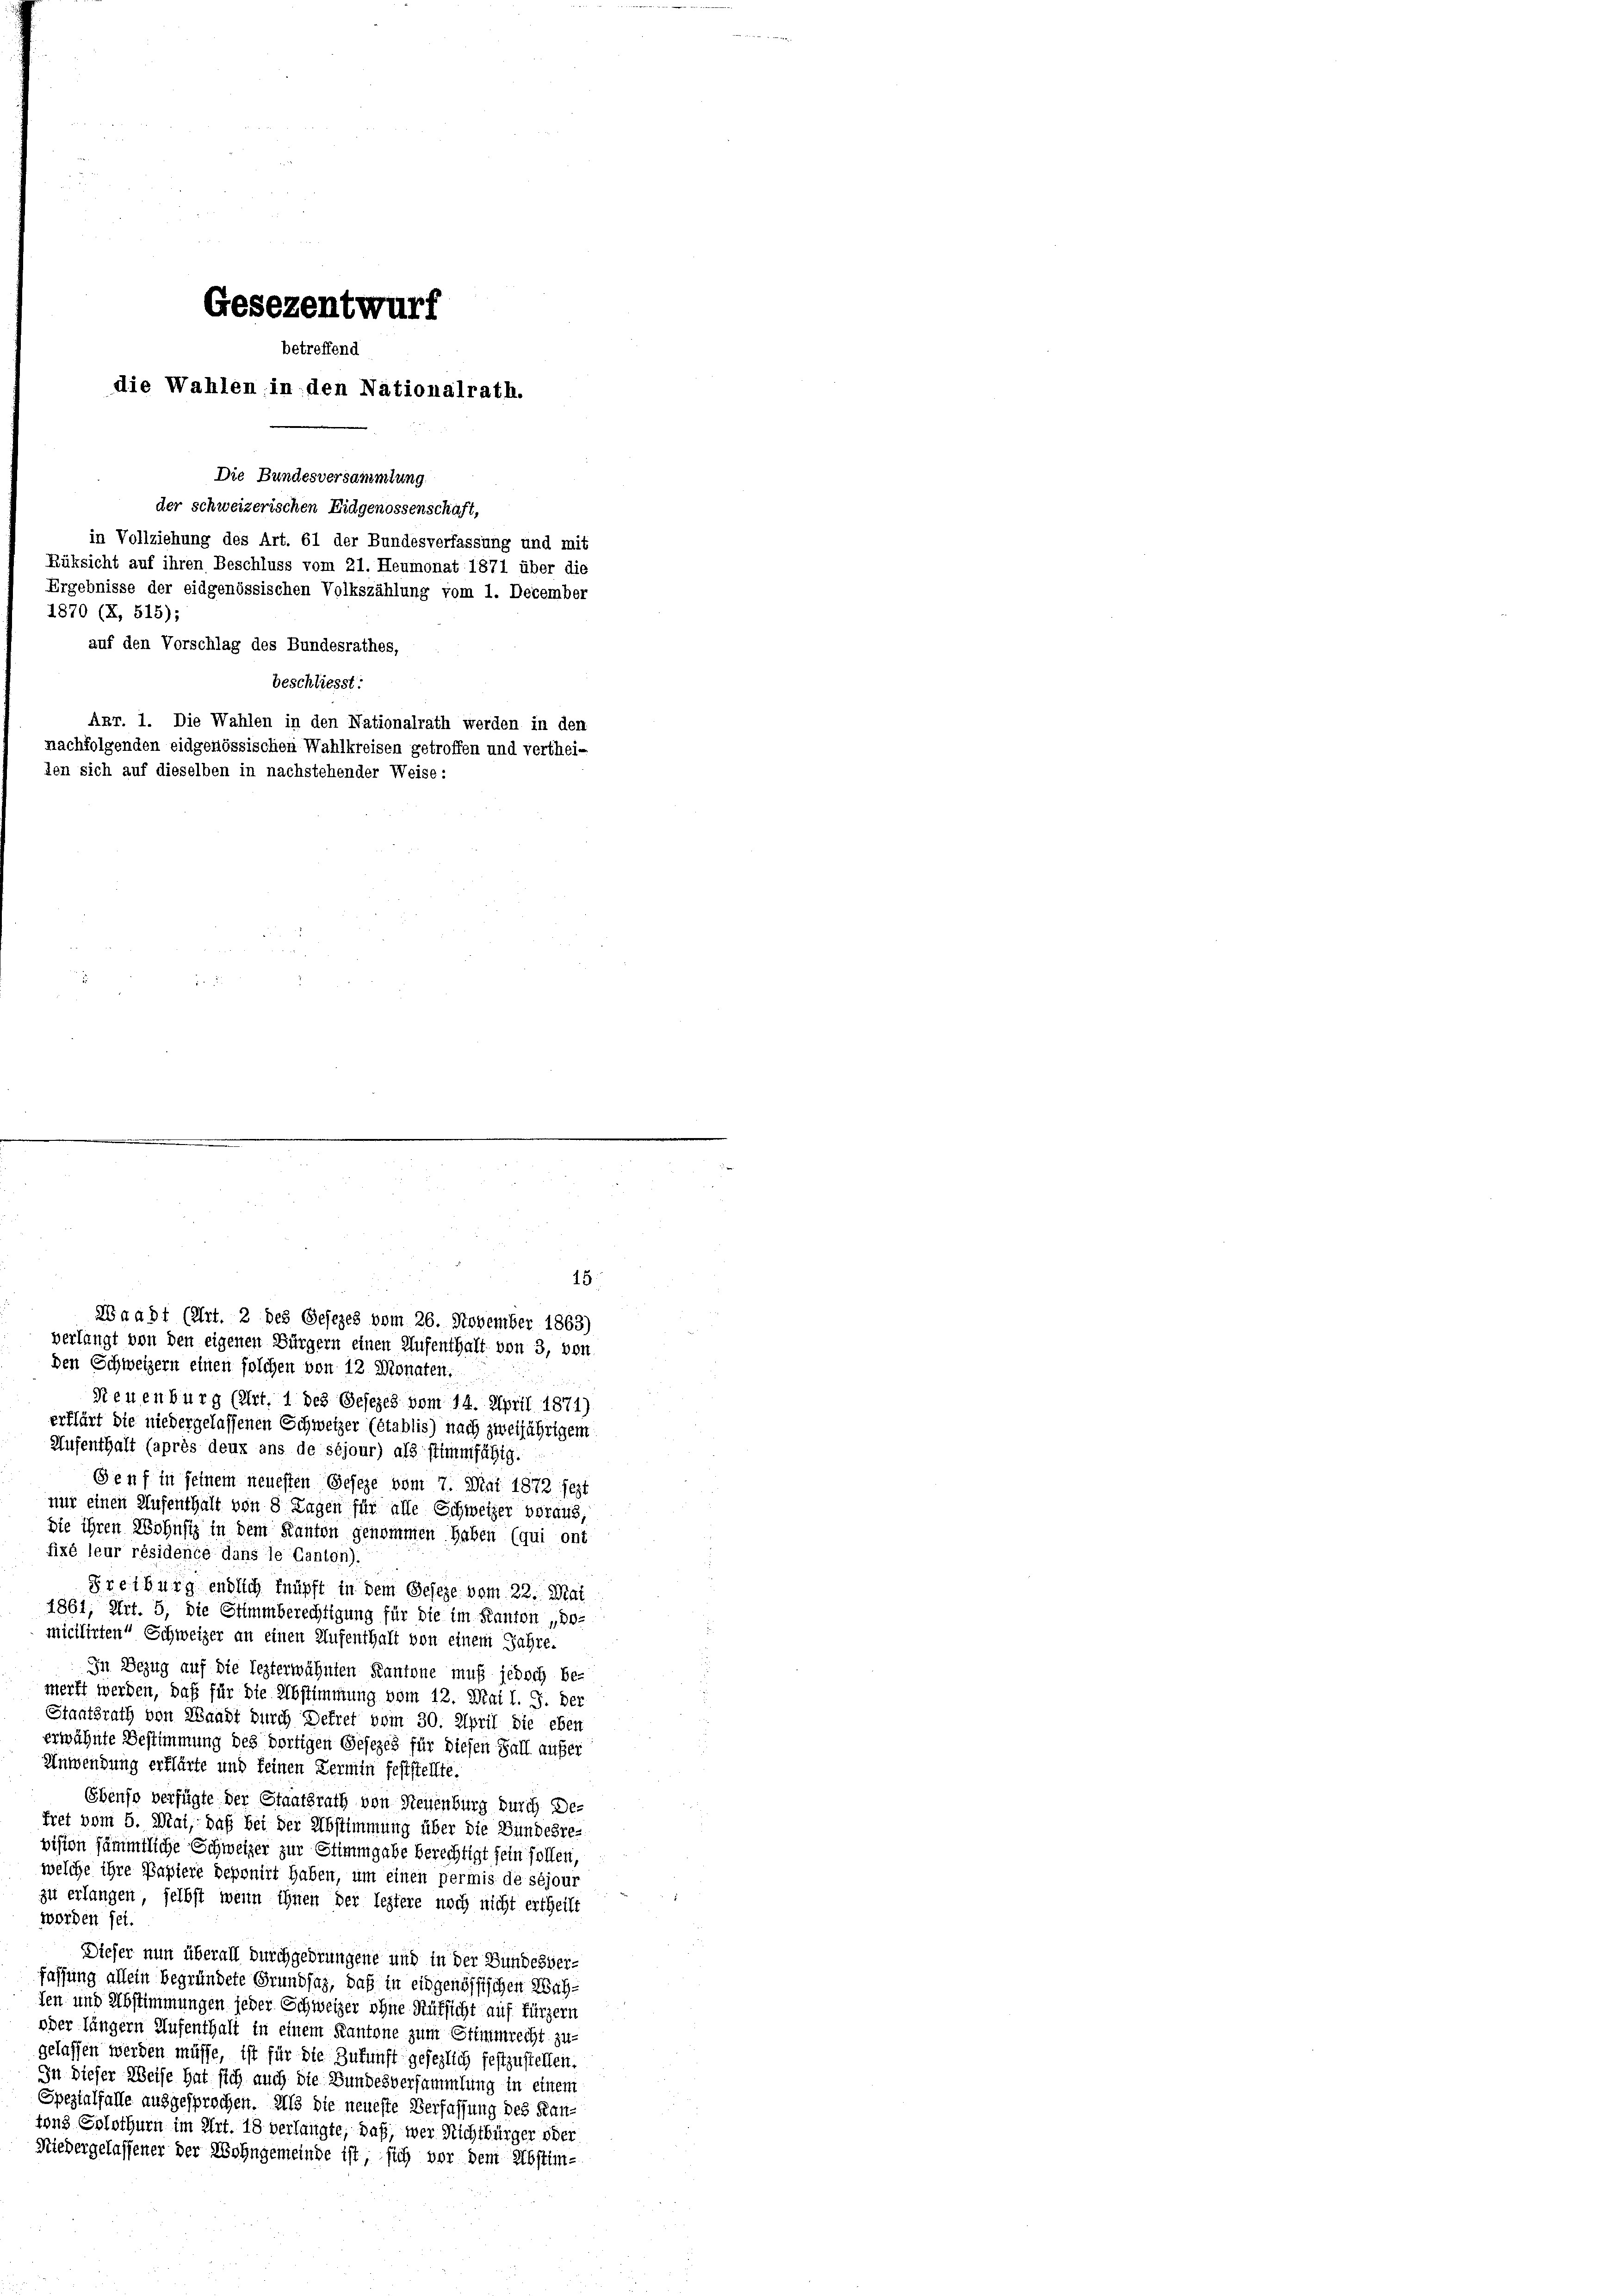
Waadt (Art. 2 des Gesezes vom 26. November 1863)
verlangt von den eigenen Bürgern einen Aufenthalt von 3, von
den Schweizern einen solchen von 12 Monaten.
Steuenburg (Art. 1 des Gesezes vom 14. April 1871)
erklärt die niedergelassenen Schweizer (établis) nach zweijährigem
Aufenthalt (après deux ans de séjour) als stimmfähig.
Genf in seinem neuesten Geseze vom 7. Mai 1872 sezt
nur einen Aufenthalt von 8 Tagen für alle Schweizer voraus,
ste ihren Wohnsiz in dem Kanton genommen haben (qui ont
fixé leur résidence dans le Canton).
Freiburg endlich knüpft in dem Geseze vom 22. Mai
1861, Art. 5, die Stimmberechtigung für die im Kanton „Do-
micilirten“ Schweizer an einen Aufenthalt von einem Jahre.
In Bezug auf die lezterwähnten Kantone muß jedoch be-
merkt werden, daß für die Abstimmung vom 12. Mai l. J. der
Staatsrath von Waadt durch Dekret vom 30. April die eben
erwähnte Bestimmung des dortigen Gesezes für diesen Fall außer
Anwendung erklärte und keinen Termin feststellte.
Ebenso verfügte der Staatsrath von Neuenburg durch Deiret vom 5. Mai, daß bei der Abstimmung über die Bundesrevision sämmtliche Schweizer zur Stimmgabe berechtigt sein follen,
welche ihre Papiere deponirt haben, um einen permis de séjour
zu erlangen, selbst wenn ihnen der leztere noch nicht ertheilt
worden sei.
Dieser nun überall durchgedrungene und in der Bundesverfassung allein begründete Grundsaz, daß in eidgenössischen Wah-
den und Abstimmungen jeder Schweizer ohne Rüksicht auf fürzern
oder längern Aufenthalt in einem Kantone zum Stimmrecht zu-
gelassen werden müsse, ist für die Zukunft gesezlich festzustellen.
In dieser Weise hat sich auch die Bundesversammlung in einem
Spezialfalle ausgesprochen. Als die neueste Verfassung des Kantons Solothurn im Art. 18 verlangte, daß, wer Nichtbürger oder
Niedergelassener der Wohngemeinde ist, sich vor dem Abstim-

Gesezentwurf
betreffend
die Wahlen in den Nationalrath.
Die Bundesversammlung
der schweizerischen Eidgenossenschaft,
in Vollziehung des Art. 61 der Bundesverfassung und mit
Rüksicht auf ihren Beschluss vom 21. Heumonat 1871 über die
Ergebnisse der eidgenössischen Volkszählung vom 1. December
1870 (X, 515);
auf den Vorschlag des Bundesrathes,
beschliesst:
Akr. 1. Die Wahlen in den Nationalrath werden in den
nachfolgenden eidgenössischen Wahlkreisen getroffen und vertheiden sich auf dieselben in nachstehender Weise:

15.